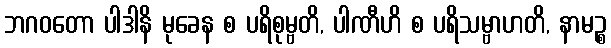
ဘဂဝတော ပါဒါနိ မုခေန စ ပရိစုမ္ဗတိ, ပါဏီဟိ စ ပရိသမ္ဗာဟတိ, နာမဉ္စ